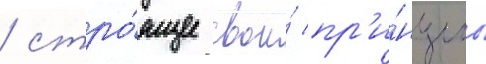
/ стро́ящее свои́ пр'и́нципы